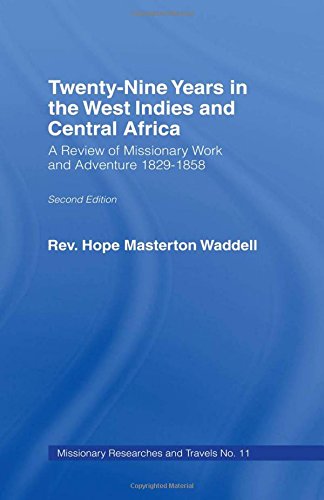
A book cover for Twenty-nine Years in the West Indies and Central Africa: A Review of Missionary Work and Adventure 1829-1858 (Missionary Researches and Travels); The Rev Hope Masterton Wadell; Travel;